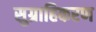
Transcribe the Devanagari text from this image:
सुग्राहिकरण